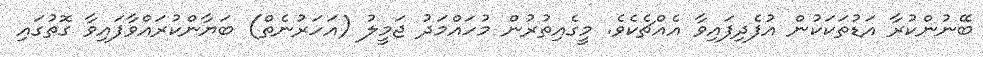
ބޭނުންކުރާ އަޑުތަކަކުން އުފެދިފައިވާ އެއްޗެކެވެ. މީގެއިތުރުން މުހައްމަދު ޖަމީލު (އަހަރުނެތް) ބަޔާންކުރައްވާފައިވާ ގޮތުގައި